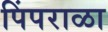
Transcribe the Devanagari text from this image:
पिंपराळा